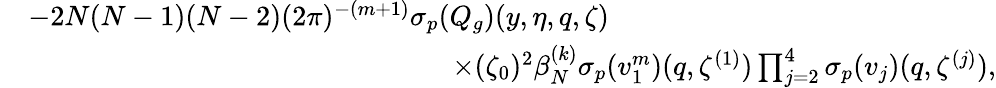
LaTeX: \begin{array}{rl}&{-2N(N-1)(N-2)(2\pi)^{-(m+1)}{{\sigma_{p}}}({Q}_{g})(y,\eta,q,\zeta)}\\ &{\quad\quad\quad\quad\quad\quad\quad\quad\quad\quad\quad\quad\quad\quad\quad\times(\zeta_{0})^{2}\beta_{N}^{(k)}{\sigma_{p}}(v_{1}^{m})(q,\zeta^{(1)})\prod_{j=2}^{4}{\sigma_{p}}(v_{j})(q,{\zeta^{(j)}}),}\end{array}